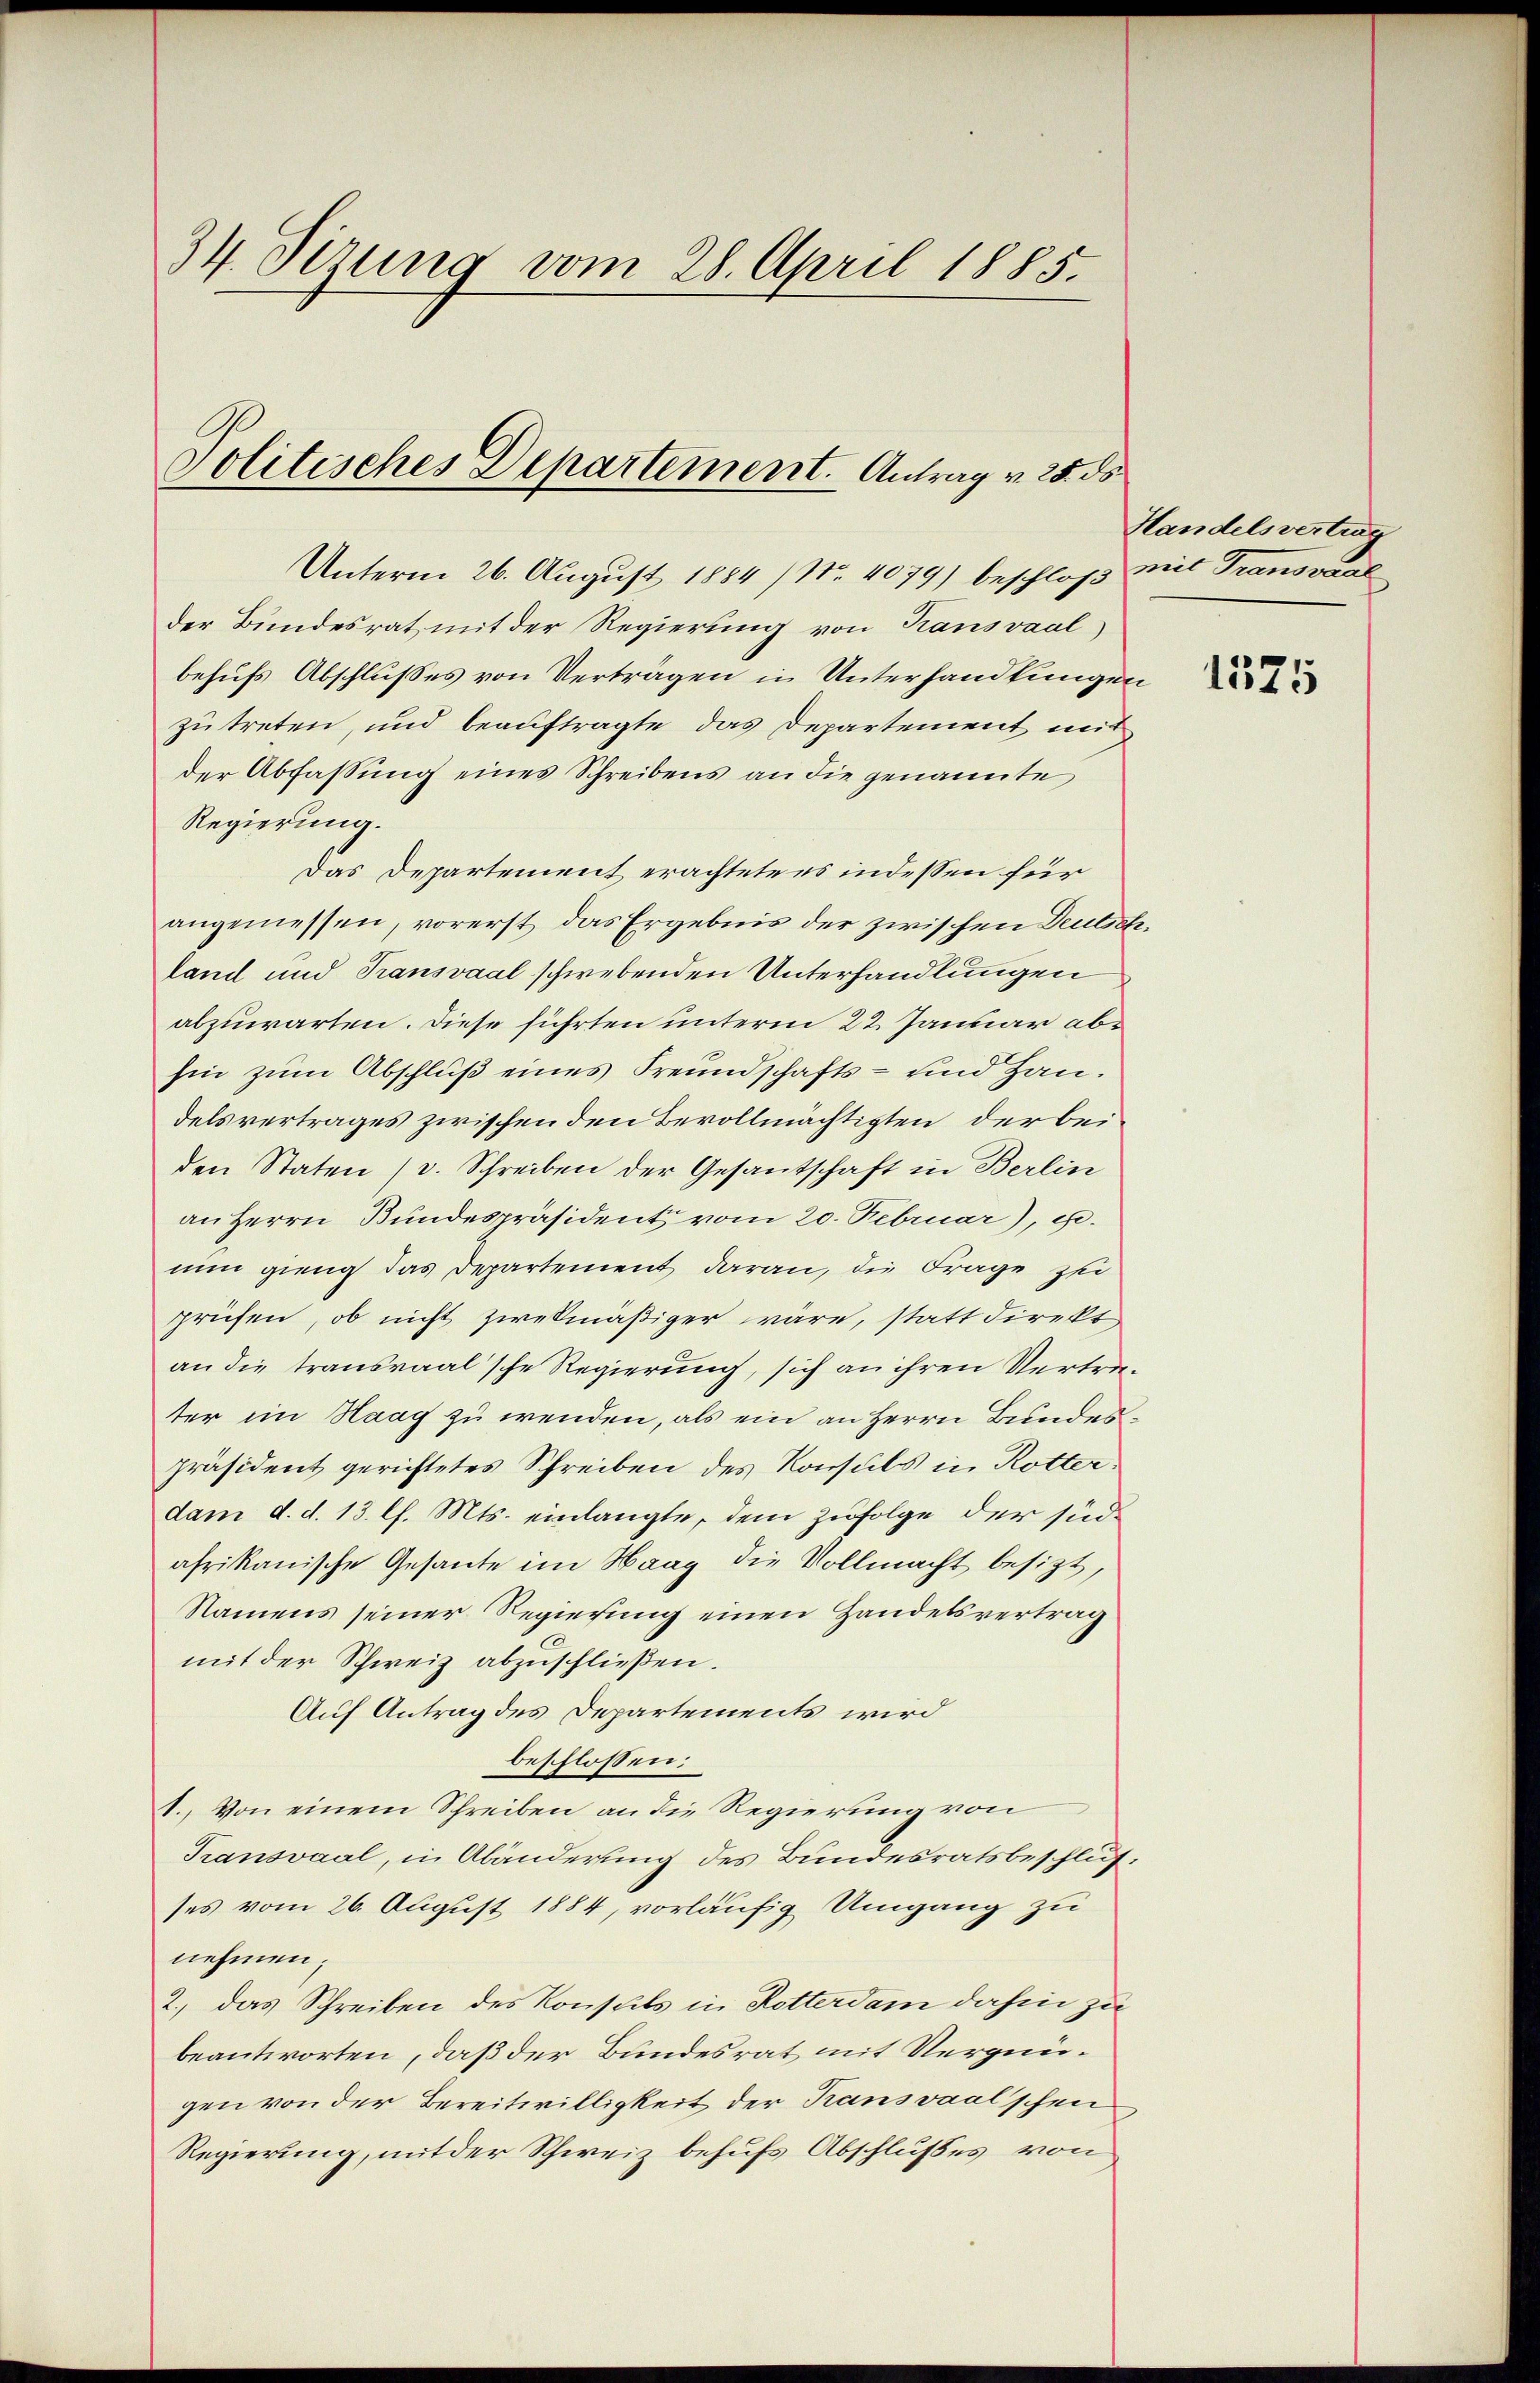
34 Sirung vom 28. April 1885.

Politisches Departement. Antrag v. 25. ds

Unterm 26. August 1884 (Nr. 4079) beschloß mit Transaal
der Bundesrat mit der Regierung von Kausvaal
behufs Abschlusses von Verträgen in Unterhandlungen
zu treten, und beauftragte, das Departement mit
der Abfassung eines Schreibens an die genannte
Regierung.
Das Departement erachtete es indessen für
angemessen, vorerst das Ergebnis der zwischen Deutschland und Transvaal schwebenden Unterhandlungen
abzuwarten. Diese führten unterm 22. Januar abhin zum Abschluß eines Freundschafts- und Handelsvertrages zwischen den Bevollmächtigten, der beiden Staten (v. Schreiben der Gesantschaft in Berlin
an Herrn Bundespräsident vom 20. Februar), 10.
nun gieng das Departement daran, die Frage zu
prüfen, ob nicht zwekmäßiger wäre, statt direkt
an die trausraal'sche Regierung, sich an ihren Vertreter im Haag zu wenden, als ein an Herrn Bundespräsident gerichtetes Schreiben des Konsuls in Rotter-
dam d. d. 13. l. Mts. einlangte, dem zufolge der sindafrikanische Gesante im Haag die Vollmacht besizt,
Namens seiner Regierung einen Handelsvertrag
mit der Schweiz abzuschließen.
Auf Antrag des Departements wird
beschlossen:
1. Von einem Schreiben an die Regierung von
Transvaal, in Abänderung des Bundesratsbeschlus
ses vom 26. August 1884, vorläufig Umgang zu
nehmen;
2., das Schreiben des Konsuls in Rotterdam dahin zu
beantworten, daß der Bundesrat mit Vergnügen von der Bereitwilligkeit der Transvaalschen
Regierung, mit der Schweiz behufs Abschlußes von

Handelsvertrag

1375